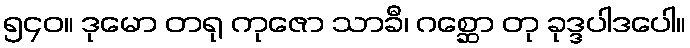
၅၄၀။ ဒုမော တရု ကုဇော သာခီ၊ ဂစ္ဆော တု ခုဒ္ဒပါဒပေါ။